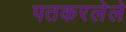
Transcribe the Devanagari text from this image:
पतकरलेले